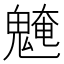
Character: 𩳢